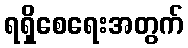
ရရှိစေရေးအတွက်